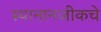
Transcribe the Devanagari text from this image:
स्थानानजीकचे